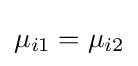
\mu _{i1}=\mu _{i2}